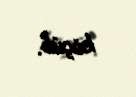
köçüb.